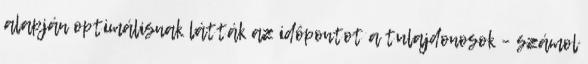
alapján optimálisnak látták az idôpontot a tulajdonosok – számol